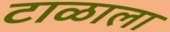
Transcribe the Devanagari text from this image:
टाळाला